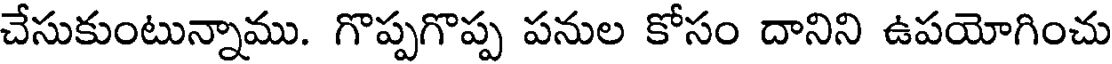
చేసుకుంటున్నాము. గొప్పగొప్ప పనుల కోసం దానిని ఉపయోగించు